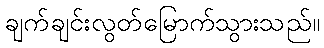
ချက်ချင်းလွတ်မြောက်သွားသည်။